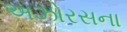
અઝોરસના